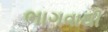
ભાગવાથી